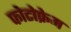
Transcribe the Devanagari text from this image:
फोटोफ्रेम